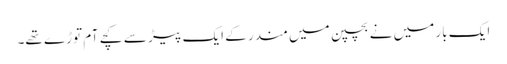
ایک بار میں نے بچپن میں مندر کے ایک پیڑ سے کچے آم توڑے تھے۔